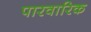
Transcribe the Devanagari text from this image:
पारवारिक